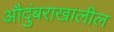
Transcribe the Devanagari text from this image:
औदुंबराखालील